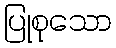
ပြုစုသော